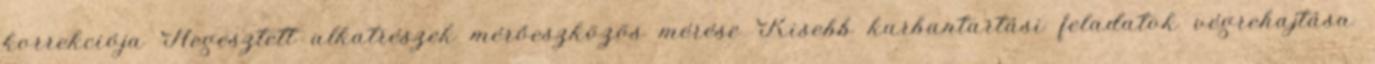
korrekciója Hegesztett alkatrészek mérőeszközös mérése Kisebb karbantartási feladatok végrehajtása